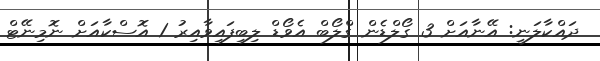
ދައްކާލަނީ: އޭނާއަށް 3 ގޯލްޑެން ގްލޯބް އެވޯޑް ލިބިފައިވާއިރު 1 އޮސްކާއަށް ނޮމިނޭޓް